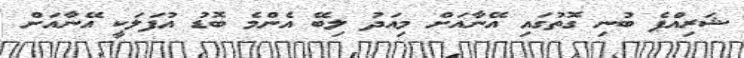
ޝަރިއްޕެ ބުނި ގޮތުގައި އޭނާއަށް މިއަދު ލިބޭ އެންމެ ބޮޑު އުފަލަކީ އޭނާއަށް